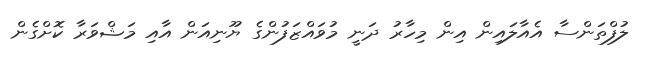
ލުފްތަންސާ އެއާލައިން އިން މިހާރު ދަނީ މުވައްޒަފުންގެ ޔޫނިއަން އާއި މަޝްވަރާ ކޮށްގެން